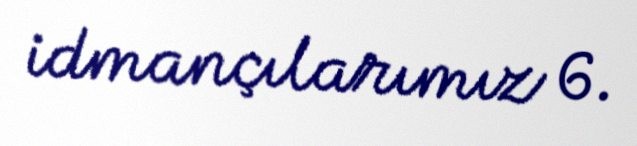
idmançılarımız 6.